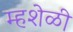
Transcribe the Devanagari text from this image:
म्हशेळी